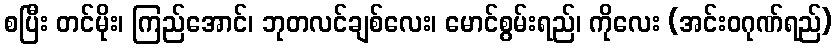
စပြီး တင်မိုး၊ ကြည်အောင်၊ ဘုတလင်ချစ်လေး၊ မောင်စွမ်းရည်၊ ကိုလေး (အင်းဝဂုဏ်ရည်)